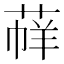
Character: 𦳟